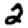
Digit: 2